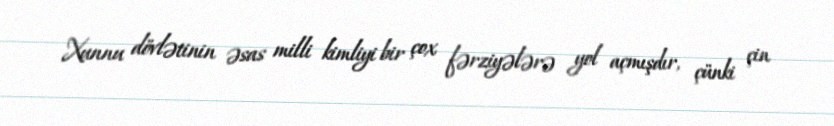
Xunnu dövlətinin əsas milli kimliyi bir çox fərziyələrə yol açmışdır, çünki çin